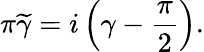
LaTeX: \pi\widetilde{\gamma}=i\left(\gamma-\frac{\pi}{2}\right).